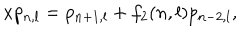
x p _ { n , l } = p _ { n + 1 , l } + f _ { 2 } ( n , l ) p _ { n - 2 , l } ,